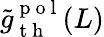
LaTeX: \tilde{g}_{\mathrm{~t~h~}}^{\mathrm{~p~o~l~}}(L)